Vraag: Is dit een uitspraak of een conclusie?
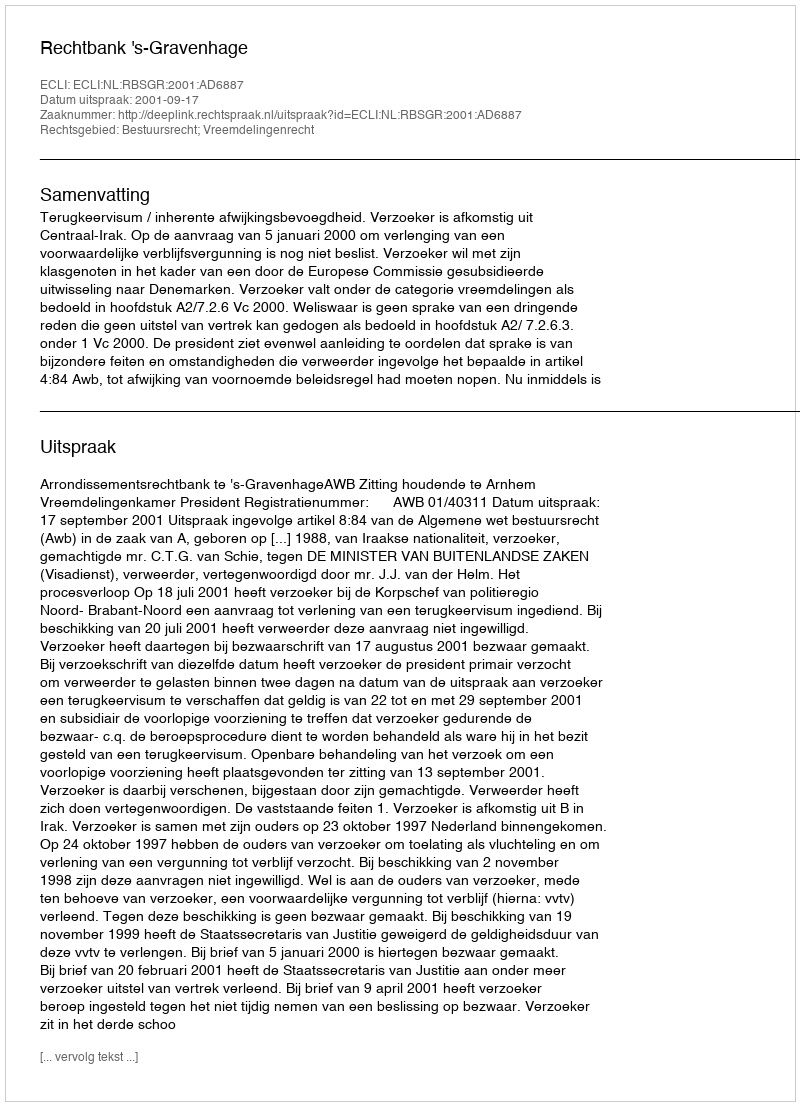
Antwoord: Uitspraak